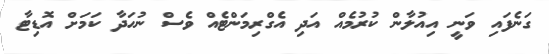
ގަނެފައި ވަނީ އިއުލާން ކުރުމެއް އަދި އެގްރިމަންޓެއް ވެސް ނުހަދާ ކަމަށް އޮޑިޓާ